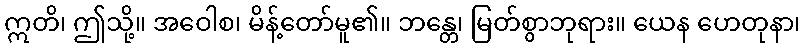
ဣတိ၊ ဤသို့။ အဝေါစ၊ မိန့်တော်မူ၏။ ဘန္တေ၊ မြတ်စွာဘုရား။ ယေန ဟေတုနာ၊